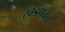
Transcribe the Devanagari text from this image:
खडपकर